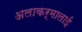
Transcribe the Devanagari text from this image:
अलाकर्मालाई